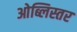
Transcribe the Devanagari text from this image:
ओब्लिस्तर